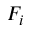
F _ { i }